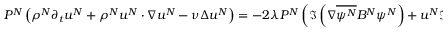
P ^ { N } \left( \rho ^ { N } \partial _ { t } u ^ { N } + \rho ^ { N } u ^ { N } \cdot \nabla u ^ { N } - \nu \Delta u ^ { N } \right) = - 2 \lambda P ^ { N } \left( \Im \left( \nabla \overline { { \psi ^ { N } } } B ^ { N } \psi ^ { N } \right) + u ^ { N } \Re \left( \overline { { \psi ^ { N } } } B ^ { N } \psi ^ { N } \right) \right) .